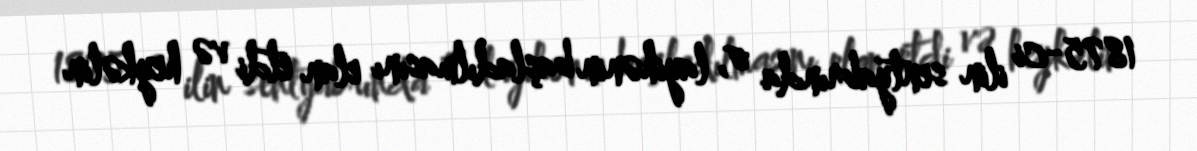
1875-ci ilin sentyabrında o, layihənin başladılmasını elan etdi və heykəlin